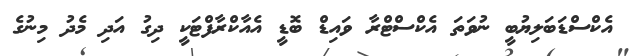
އެކްސްޑަބަލިޔުބީ ނުވަތަ އެކްސްޓްރާ ވައިޑް ބޮޑީ އެއާކްރާފްޓަކީ ދިގު އަދި މެދު މިނުގެ